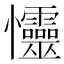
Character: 㦭